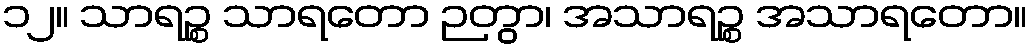
၁၂။ သာရဉ္စ သာရတော ဉတွာ၊ အသာရဉ္စ အသာရတော။